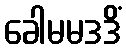
ခေါမမဒဒိံ